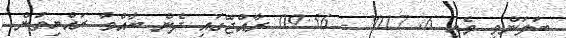
ބަލަންވީ މެއި 6